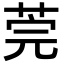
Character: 莞